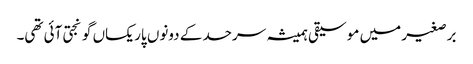
برصغیر میں موسیقی ہمیشہ سرحد کے دونوں پار یکساں گونجتی آئی تھی۔